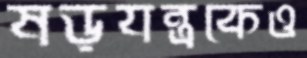
ষড়যন্ত্রকেও